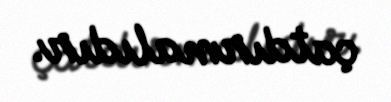
çatdırmalıdır.